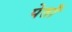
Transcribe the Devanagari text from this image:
पेताँ